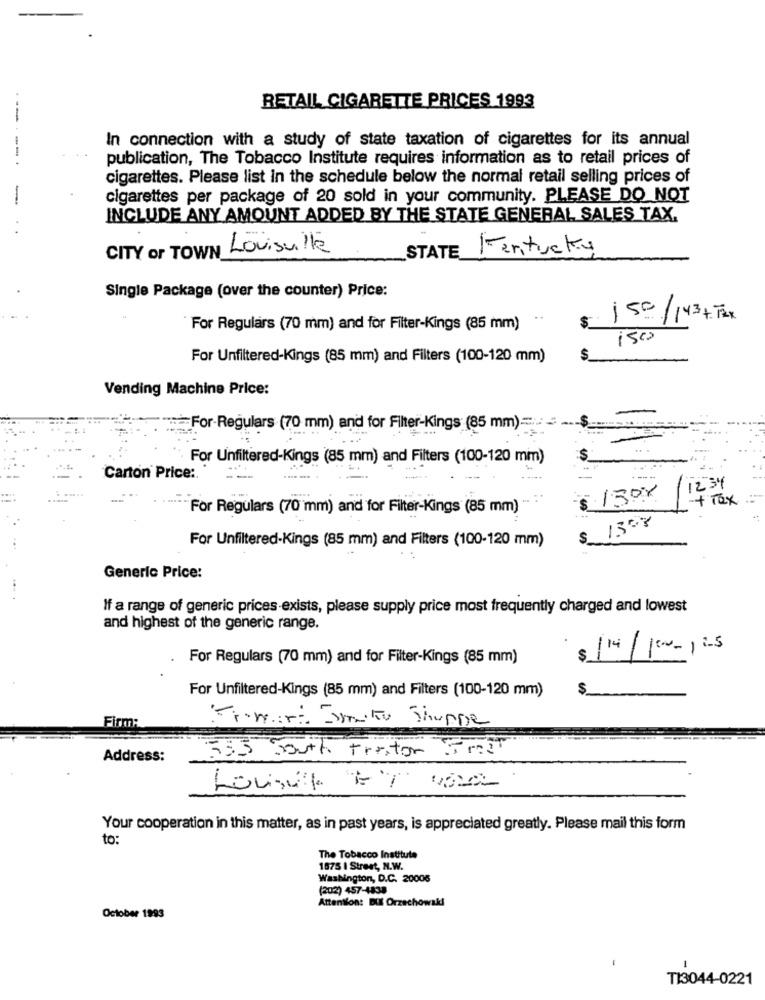
RETAIL CIGARETTE PRICES 1993
In connection with a study of state taxation of cigarettes for its annual
publication, The Tobacco Institute requires information as to retail prices of
-------
cigarettes. Please list in the schedule below the normal retail selling prices of
-
cigarettes per package of 20 sold in your community. PLEASE DO NOT
INCLUDE ANY AMOUNT ADDED BY THE STATE GENERAL SALES TAX.
CITY or TOWN Louisville
Kentucky
STATE_
Single Package (over the counter) Price:
5
150/143+ TAX
For Regulars (70 mm) and for Filter-Kings (85 mm)
1500
For Unfiltered-Kings (85 mm) and Filters (100-120 mm)
Vending Machine Price:
For-Regulars (70 mm) and for Filter-Kings (85 mm)=
For Unfiltered-Kings (85 mm) and Filters (100-120 mm)
Carton Price :.
12:34
13Px
+Tex .:
For Regulars (70 mm) and for Filter-Kings (85 mm) "
1308
For Unfiltered-Kings (85 mm) and Filters (100-120 mm)
S
Generic Price:
If a range of generic prices exists, please supply price most frequently charged and lowest
and highest of the generic range.
$ 114/100- 125
For Regulars (70 mm) and for Filter-Kings (85 mm)
For Unfiltered-Kings (85 mm) and Filters (100-120 mm)
$
Firm:
Tremori Druku Shoppe
353 South Frastor 5 m2
Address:
LOVAK ET VOLL
Your cooperation in this matter, as in past years, is appreciated greatly. Please mail this form
to:
The Tobacco Institute
1875 I Street, N.W.
Washington, D.C. 20006
(202) 457-1838
Attention: DU Orzechowski
October 1993
-
TI3044-0221